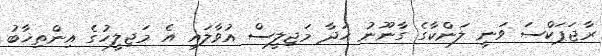
ރާޖަޕަކްސަ ވަނީ ލަންކާގެ ގާނޫނު ހަދާ މަޖިލީސް އުވާލައި އެ މަޖިލީހުގެ އިންތިޚާބު